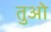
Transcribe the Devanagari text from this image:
तुओ